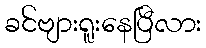
ခင်ဗျားရူးနေပြီလား